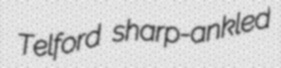
Telford sharp-ankled